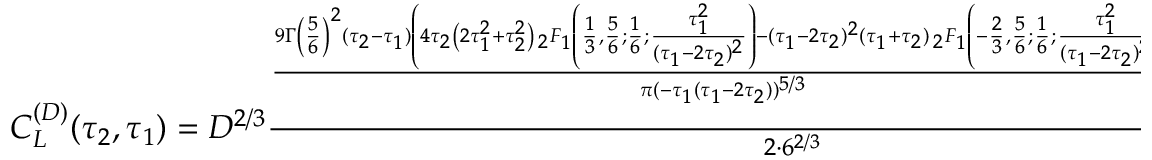
\begin{array} { r } { C _ { L } ^ { ( D ) } ( \tau _ { 2 } , \tau _ { 1 } ) = D ^ { 2 / 3 } \frac { \frac { 9 \Gamma \left( \frac { 5 } { 6 } \right) ^ { 2 } ( \tau _ { 2 } - \tau _ { 1 } ) \left( 4 \tau _ { 2 } \left( 2 \tau _ { 1 } ^ { 2 } + \tau _ { 2 } ^ { 2 } \right) \, _ { 2 } F _ { 1 } \left( \frac { 1 } { 3 } , \frac { 5 } { 6 } ; \frac { 1 } { 6 } ; \frac { \tau _ { 1 } ^ { 2 } } { ( \tau _ { 1 } - 2 \tau _ { 2 } ) ^ { 2 } } \right) - ( \tau _ { 1 } - 2 \tau _ { 2 } ) ^ { 2 } ( \tau _ { 1 } + \tau _ { 2 } ) \, _ { 2 } F _ { 1 } \left( - \frac { 2 } { 3 } , \frac { 5 } { 6 } ; \frac { 1 } { 6 } ; \frac { \tau _ { 1 } ^ { 2 } } { ( \tau _ { 1 } - 2 \tau _ { 2 } ) ^ { 2 } } \right) \right) } { \pi ( - \tau _ { 1 } ( \tau _ { 1 } - 2 \tau _ { 2 } ) ) ^ { 5 / 3 } } - \frac { 4 \sqrt [ 3 ] { 2 } \pi \sqrt [ 3 ] { \tau _ { 1 } \tau _ { 2 } } } { \Gamma \left( \frac { 7 } { 6 } \right) ^ { 2 } } } { 2 \cdot 6 ^ { 2 / 3 } } } \end{array}